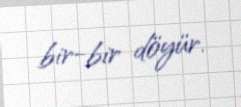
bir-bir döyür.